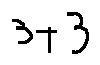
3 + 3